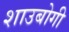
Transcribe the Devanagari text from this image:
शाउबोगी